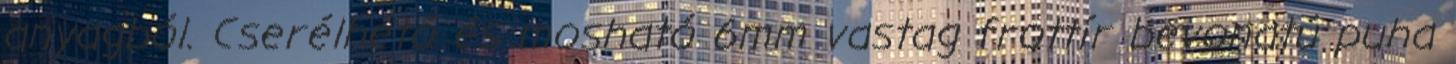
anyagból. Cserélhető és mosható 6mm vastag frottír bevonatú puha